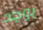
يوجد